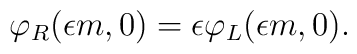
\varphi_R(\epsilon m, 0)=\epsilon \varphi_L(\epsilon m,0).\vspace{0.5in}